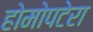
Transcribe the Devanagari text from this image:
होमोपटेरा